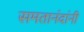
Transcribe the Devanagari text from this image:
समतानंदांनी